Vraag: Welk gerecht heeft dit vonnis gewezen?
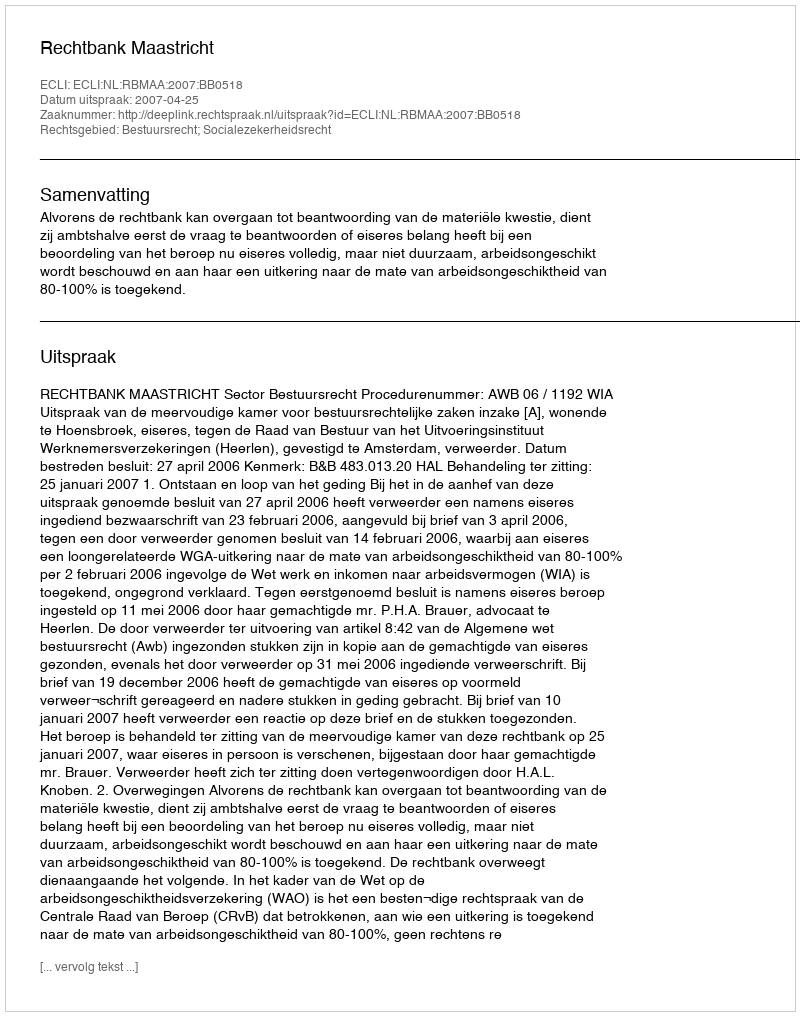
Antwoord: Rechtbank Maastricht